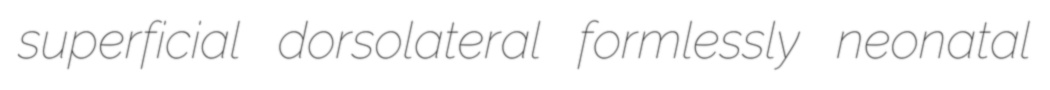
superficial dorsolateral formlessly neonatal